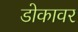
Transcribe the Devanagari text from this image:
डोकावर